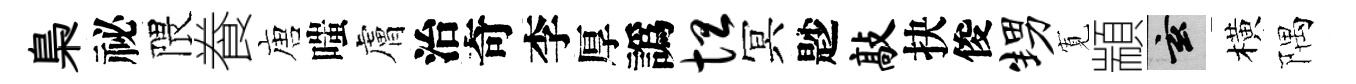
梟祕隈飬唐嗤膚治奇李厚譌坦冥尟敲抉俊甥𡩖顓玄橫隅